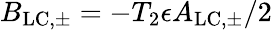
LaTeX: B_{\mathrm{LC,\pm}}=-T_{2}\epsilon A_{\mathrm{LC,\pm}}/2